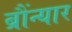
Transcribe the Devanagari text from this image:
ब्रौंन्यार